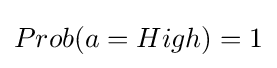
Prob(a=High)=1